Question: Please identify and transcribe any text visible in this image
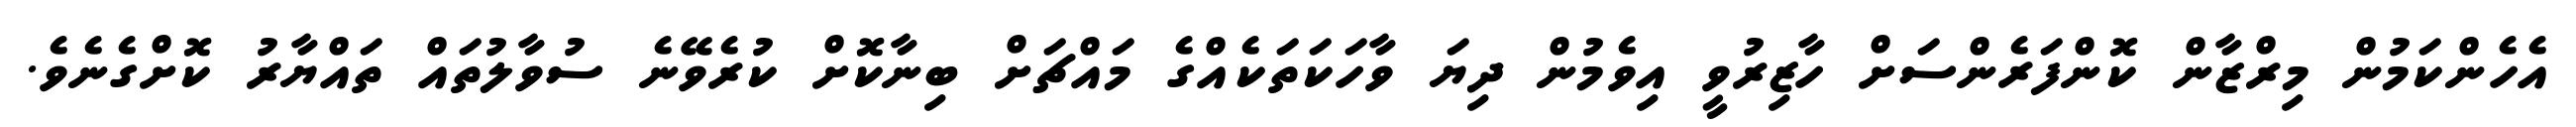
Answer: އެހެންކަމުން މިރްޒާން ކޮންފަރެންސަށް ހާޒިރުވީ އިވެމުން ދިޔަ ވާހަކަތަކެއްގެ މައްޗަށް ބިނާކޮށް ކުރެވޭނެ ސުވާލުތައް ތައްޔާރު ކޮށްގެނެވެ.